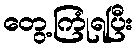
တွေ့ကြုံရပြီး